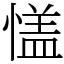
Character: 㦈